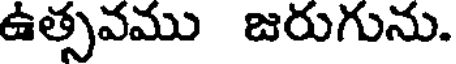
ఉత్సవము జరుగును.